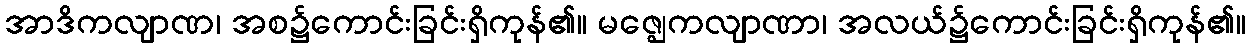
အာဒိကလျာဏ၊ အစ၌ကောင်းခြင်းရှိကုန်၏။ မဇ္ဈေကလျာဏာ၊ အလယ်၌ကောင်းခြင်းရှိကုန်၏။